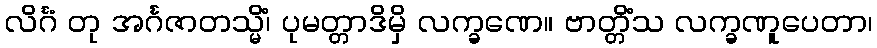
လိင်္ဂံ တု အင်္ဂဇာတသ္မိံ၊ ပုမတ္တာဒိမှိ လက္ခဏေ။ ဗာတ္တိံသ လက္ခဏူပေတာ၊